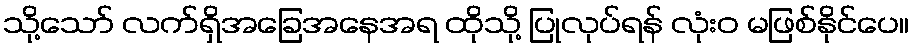
သို့သော် လက်ရှိအခြေအနေအရ ထိုသို့ ပြုလုပ်ရန် လုံးဝ မဖြစ်နိုင်ပေ။